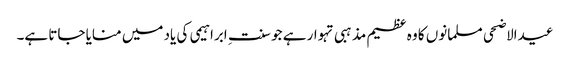
عیدالاضحی مسلمانوں کا وہ عظیم مذہبی تہوار ہے جو سنت ِ ابراہیمی کی یاد میں منایا جاتا ہے۔